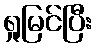
ရှုမြင်ပြီး